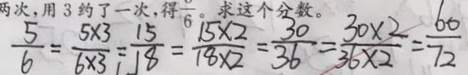
\frac { 5 } { 6 } = \frac { 5 \times 3 } { 6 \times 3 } = \frac { 1 5 } { 1 8 } = \frac { 1 5 \times 2 } { 1 8 \times 2 } = \frac { 3 0 } { 3 6 } = \frac { 3 0 \times 2 } { 3 6 \times 2 } = \frac { 6 0 } { 7 2 }